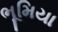
ભૂમિયા